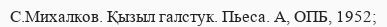
С.Михалков. Қызыл галстук. Пьеса. А, ОПБ, 1952;